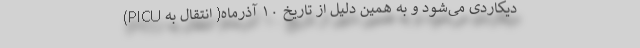
دیکاردی می‌شود و به همین دلیل از تاریخ ۱۰ آذرماه( انتقال به PICU)